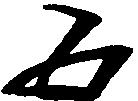
五